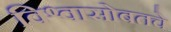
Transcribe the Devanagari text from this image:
विश्वासोबतचे